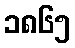
၁၈၆၅